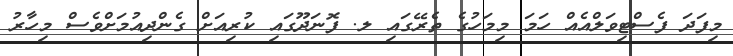
މިފަދަ ފެސްޓިވަލްއެއް ހަމަ މިމަހުގެ ތެރޭގައި ލ. ފޮނަދޫގައި ކުރިއަށް ގެންދިއުމަށްވެސް މިހާރު